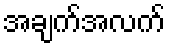
အချက်အလက်